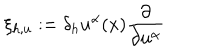
LaTeX: \xi _ { h , u } : = \delta _ { h } u ^ { \alpha } ( x ) \frac { \partial } { \partial u ^ { \alpha } }